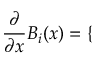
\frac { \partial } { \partial x } B _ { i } ( x ) = \left\{ \begin{array} { r l } \end{array} \right.